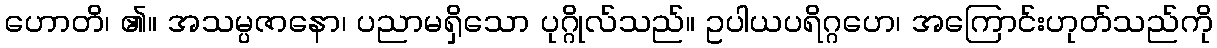
ဟောတိ၊ ၏။ အသမ္ပဇာနော၊ ပညာမရှိသော ပုဂ္ဂိုလ်သည်။ ဥပါယပရိဂ္ဂဟေ၊ အကြောင်းဟုတ်သည်ကို